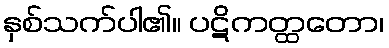
နှစ်သက်ပါ၏။ ပဋိကတ္ထတော၊